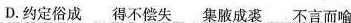
D.约定俗成 得不偿失 集腋成裘 不言而喻